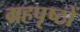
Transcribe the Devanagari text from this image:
ग्रहपृष्ठों